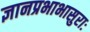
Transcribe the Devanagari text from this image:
ज्ञानप्रभाभासुराः